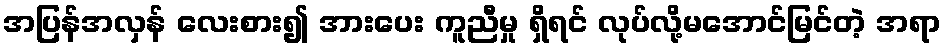
အပြန်အလှန် လေးစား၍ အားပေး ကူညီမှု ရှိရင် လုပ်လို့မအောင်မြင်တဲ့ အရာ